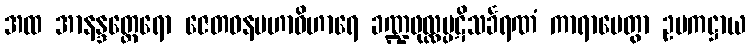
အထ အာနန္ဒတ္ထေရော ဇေတဝနမဟာဝိဟာရေ ခဏ္ဍဖုလ္လပ္ပဋိသင်္ခရဏံ ကာရာပေတွာ ဥပကဋ္ဌာယ